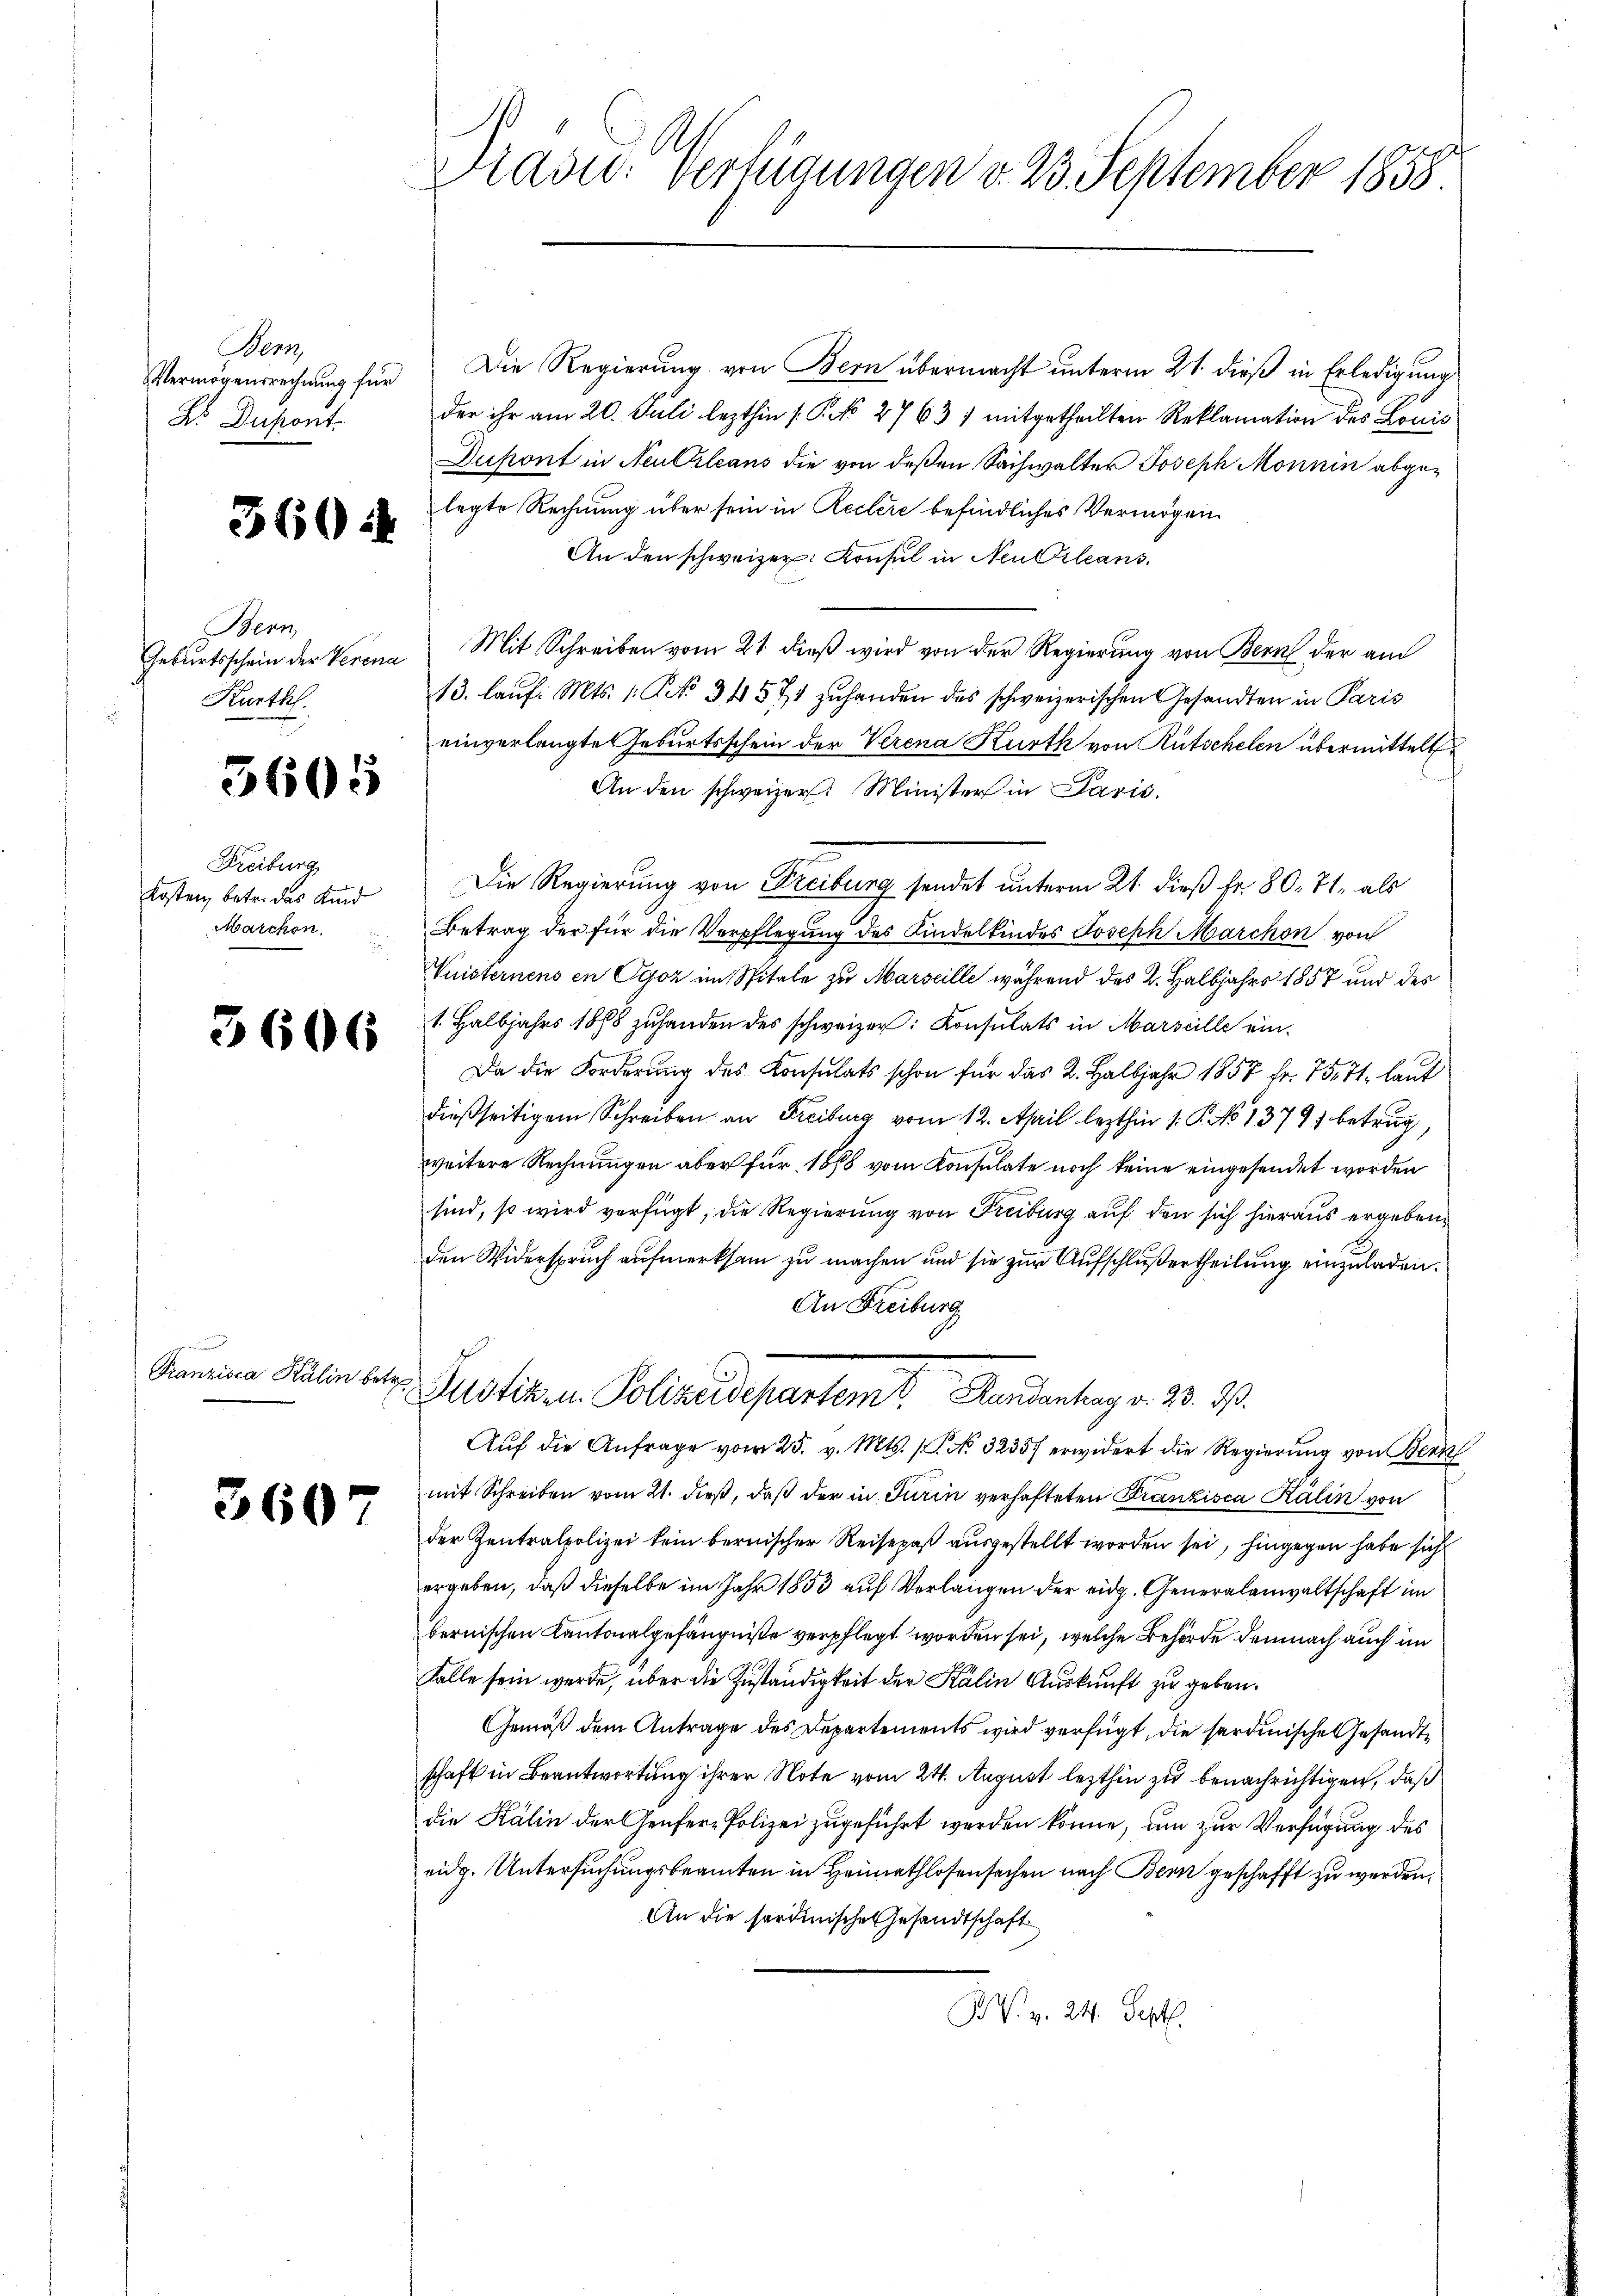
Bern
B. Dupont.

3604

Bern
Kurthes.

3605

Freiburg
Kosten, betr. das Kind
Marchon

3606

Franzisca Kälin betre¬

3607

Vermögensrechnung für Die Regierung von Bern übermacht unterm 21. dieß in Erledigung
der ihr am 20. Juli lezthin (Pk 27631 mitgetheilten Reklamation des Louis
Dupont in Neukleans die von deßen Sachwalter Joseph Monnin abgelegte Rechnung über sein in Reclere befindliches Vermögen
An den schweizer: Konsul in Neu Orleans
Geburtsschein der Verena Mit Schreiben vom 21. dieß wird von der Regierung von Bern der am
13. laŭf. Mts. 1. Frk. 34 571 zuhanden des schweizerischen Gesandten in Paris
einverlangte Geburtsschein der Verena Kurth von Rutschelen übermittelt
An den schweizer. Minister in Paris.
Die Regierung von Freiburg sendet unterm 21. dieß fr. 80. 71. als
Betrag der für die Verpflegung des Kindelkindes Joseph Marchon von
Wuisternens en Cyoz im Spitale zu Marseille während des 2. Halbjahrs 1857 und des
1. Halbjahrs 1888 zuhanden des schweizer: Konsulats in Marseille ein-
Da die Forderung des Konsulats schon für das 2. Halbjahr 1857 fr. 75. 71, laut
dießseitigem Schreiben an Freiburg vom 12. April lezthin 1. P. No 13791 betrug,
weitere Rechnungen aber für 1888 vom Konsulate noch keine eingesendet worden
sind, so wird verfügt, die Regierung von Freiburg auf den sich hieraus ergebene
den Widerspruch aufmerksam zu machen und sie zur Aufschlußertheilung einzuladen.
An Freiburg
Justiz in Polizeidepartamt Handerung v. 23. d.
Auf die Anfrage vom 25. v. Mts. No. 32357 erwidert die Regierung von Bern
mit Schreiben vom 21. dieß, daß der in Turin verhafteten Kranzisca Kälin von
der Zentralpolizei kein bernischer Reisepaß ausgestellt worden sei, hingegen habe sich
ergeben, daß dieselbe im Jahr 1853 auf Verlangen der eidg. Generalanwaltschaft im
bernischen Kantonalgefängniße verpflegt worden sei, welche Behörde demnach auch im
Falle sein werde, über die Zuständigkeit der Kälin Auskunft zu geben.
Gemäß dem Antrage des Departements wird verfügt, die sardinische Gesandtschaft in Beantwortung ihrer Note vom 24. August lezthin zu benachrichtigen, daß
die Kälin der Genfere Polizei zugeführt werden könne, um zur Verfügung des
eidg. Untersuchungsbeamten in Heimathlosensachen nach Bern geschafft zu werden.
An die sordinischen Gesandtschaft
BV. v. 24. Sept.

Präsid. Verfügungen v. 23. September 1858